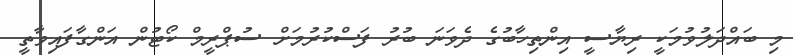
މި ބައްދަލުވުމަކީ ރިޔާސީ އިންތިހާބުގެ ދެވަނަ ބުރު ފަސްކުރުމަށް ސުޕްރީމް ކޯޓުން އަންގާފައިވާތީ